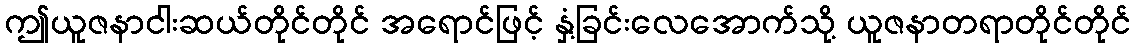
ဤယူဇနာငါးဆယ်တိုင်တိုင် အရောင်ဖြင့် နှံ့ခြင်းလေအောက်သို့ ယူဇနာတရာတိုင်တိုင်